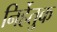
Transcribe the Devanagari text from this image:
निर्हेतुक